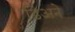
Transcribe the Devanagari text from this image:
डिअने